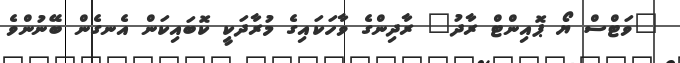
"ވަޓްސް ޔޯ ޕޮއިންޓް ރާދު" ރާދިންގެ ވާހަކައިގެ މުރާދަކީ ކޮބައިކަން އެނގެން ބޭނުންވެ